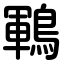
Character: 鶤